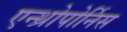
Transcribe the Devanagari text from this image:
एन्थ्रोपोर्निस